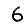
Digit: 6